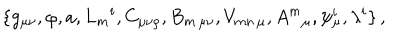
LaTeX: \{ g _ { \mu \nu } , \varphi , a , L _ { m } { } ^ { i } , C _ { \mu \nu \rho } , B _ { m \, \mu \nu } , V _ { m n \, \mu } , A ^ { m } { } _ { \mu } , \psi _ { \mu } ^ { i } , \lambda ^ { i } \} \, ,